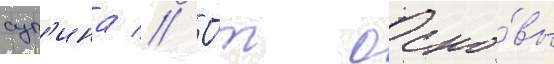
суп'ина // О́т осно́вы